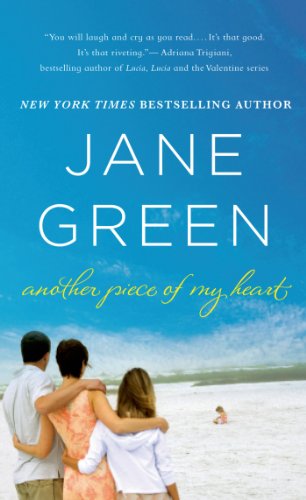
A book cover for Another Piece of My Heart; Jane Green; Literature & Fiction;